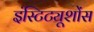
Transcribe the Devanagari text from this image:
इंस्टिट्यूशोंस